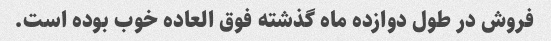
فروش در طول دوازده ماه گذشته فوق العاده خوب بوده است.